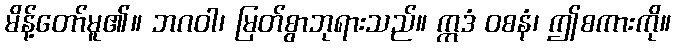
မိန့်တော်မူ၏။ ဘဂဝါ၊ မြတ်စွာဘုရားသည်။ ဣဒံ ဝစနံ၊ ဤစကားကို။